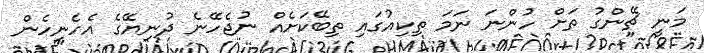
މަނީ ޗޭންގު ތަށް ހުންނަ ނަމަ ތިކިއުގައި ތިބޭކަށެއް ނުޖެހޭނެ ދުނިޔޭގެ އެހެނިހެން